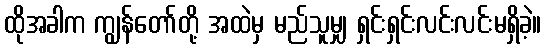
ထိုအခါက ကျွန်တော်တို့ အထဲမှ မည်သူမျှ ရှင်းရှင်းလင်းလင်းမရှိခဲ့။